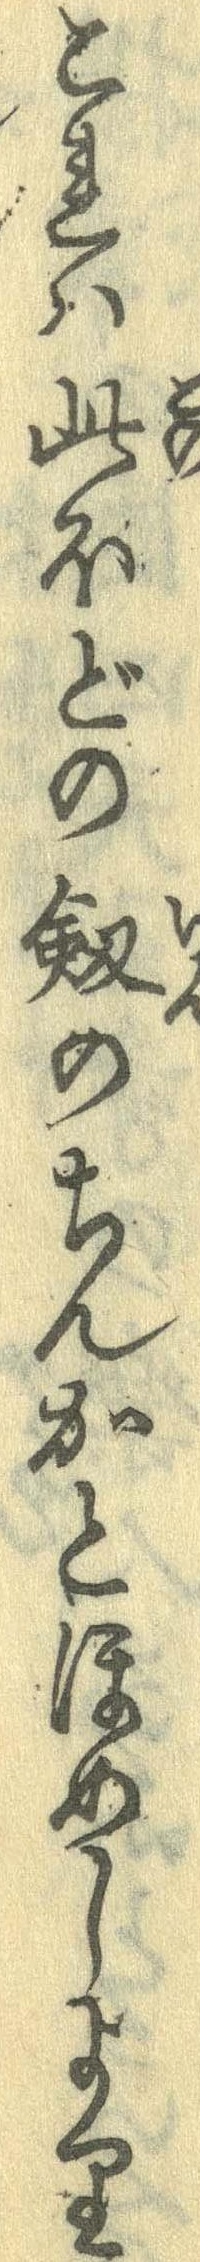
これは此ほどの剣のちんかとほめしより